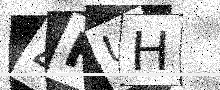
Text: 4HUH